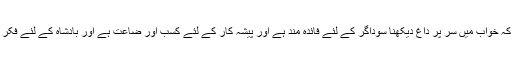
حضرت ابراہیم کرمانی رحمتہ اللہ علیہ نے فرمایا ہے کہ خواب میں سر پر داغ دیکھنا سوداگر کے لئے فائدہ مند ہے اور پیشہ کار کے لئے کسب اور ضاعت ہے اور بادشاہ کے لئے فکر ہے اور عورت کے لئے زینت کے نقصان کا عث ہے۔